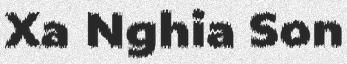
Xa Nghia Son